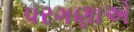
પરગણાએ